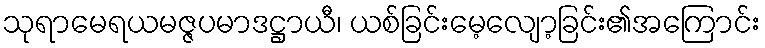
သုရာမေရယမဇ္ဇပမာဒဋ္ဌာယီ၊ ယစ်ခြင်းမေ့လျော့ခြင်း၏အကြောင်း